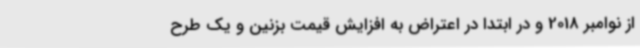
از نوامبر 2018 و در ابتدا در اعتراض به افزایش قیمت بزنین و یک طرح